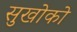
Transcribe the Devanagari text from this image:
सुखोको